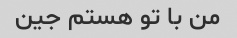
من با تو هستم جین